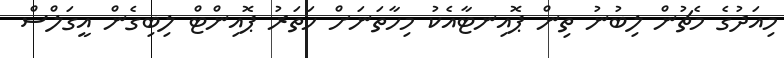
މިއަދުގެ މެޗުން ލިބުނު ތިން ޕޮއިނޓާއެކު މިހާތަނަށް ހަތަރު ޕޮއިންޓް ލިބިގެން އީގަލްސް